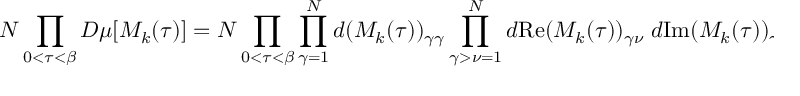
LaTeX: { \cal N } \prod _ { 0 < \tau < \beta } D \mu [ M _ { k } ( \tau ) ] = { \cal N } \prod _ { 0 < \tau < \beta } \prod _ { \gamma = 1 } ^ { N } d ( M _ { k } ( \tau ) ) _ { \gamma \gamma } \prod _ { \gamma > \nu = 1 } ^ { N } d \mathrm { R e } ( M _ { k } ( \tau ) ) _ { \gamma \nu } \; d \mathrm { I m } ( M _ { k } ( \tau ) ) _ { \gamma \nu } \; .